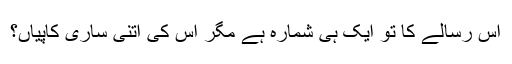
اس رسالے کا تو ایک ہی شمارہ ہے مگر اس کی اتنی ساری کاپیاں؟